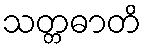
သတ္တဓာတိ